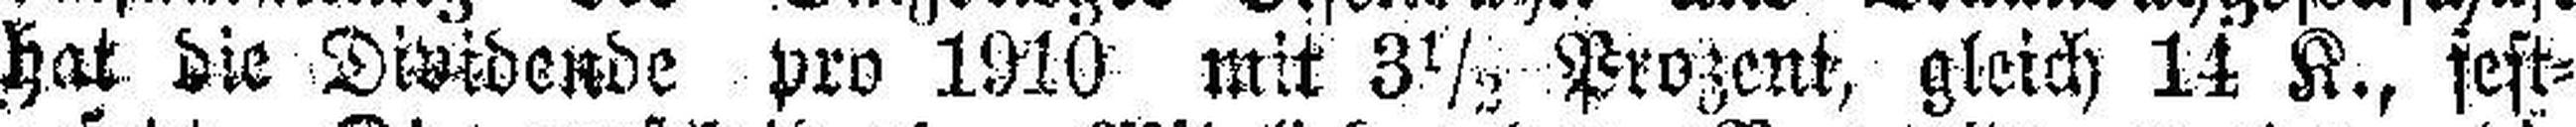
hat die Dividende pro 1910 mit 3 ½ Prozent, gleich 14 K., fest¬